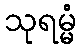
သုရမ္မံ